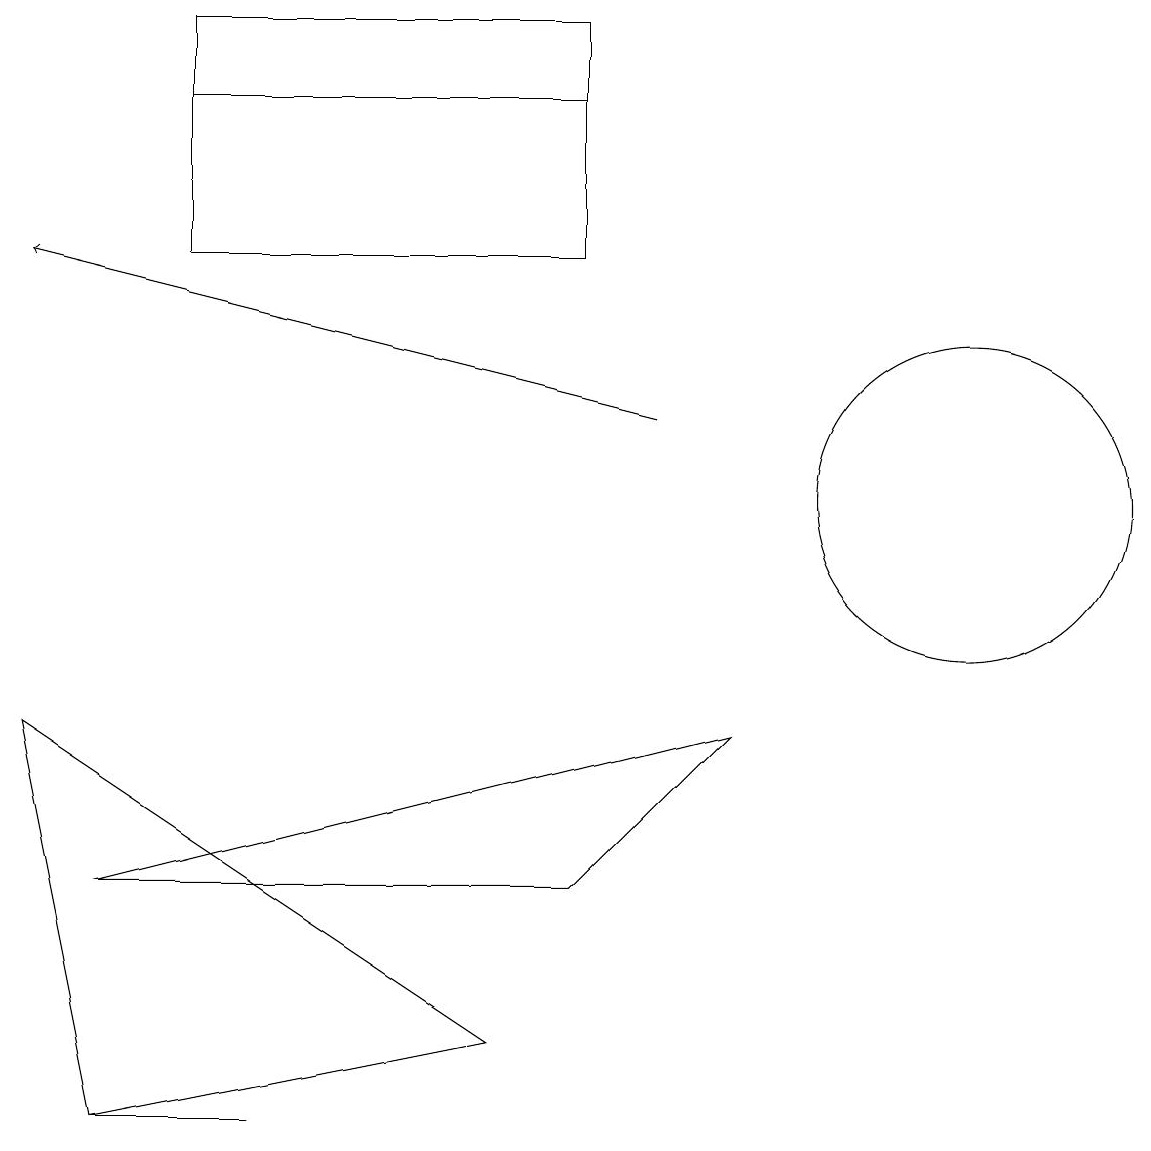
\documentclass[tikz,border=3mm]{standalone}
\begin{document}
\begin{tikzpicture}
\draw (7,15) rectangle (2,18);
\draw (12,12) circle (2);
\draw (6,5) -- (0,9) -- (1,4) -- cycle;
\draw (1,4) -- (3,4) -- (1,4) -- cycle;
\draw (9,9) -- (7,7) -- (1,7) -- cycle;
\draw[->] (8,13) -- (0,15);
\draw (7,17) rectangle (2,18);
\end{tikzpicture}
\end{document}